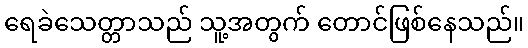
ရေခဲသေတ္တာသည် သူ့အတွက် တောင်ဖြစ်နေသည်။